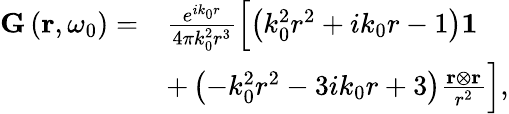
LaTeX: \begin{array}{rl}{\mathbf{G}\left(\mathbf{r},\omega_{0}\right)=}&{\frac{e^{ik_{0}r}}{4\pi k_{0}^{2}r^{3}}\Bigl[\left(k_{0}^{2}r^{2}+ik_{0}r-1\right)\mathbf{1}}\\ &{+\left(-k_{0}^{2}r^{2}-3ik_{0}r+3\right)\frac{\mathbf{r}\otimes\mathbf{r}}{r^{2}}\Bigr],}\end{array}